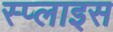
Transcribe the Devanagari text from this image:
स्प्लाइस